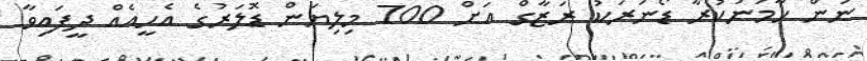
ނަން ހާމަނުކުރާ ޑޯނަރަކު ރަޒާގް އަށް 700 މިލިޔަން ޑޮލަރުގެ އެހީއެއް ދީފައިވާ